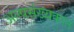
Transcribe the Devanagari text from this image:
अल्पसंख्यकात